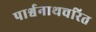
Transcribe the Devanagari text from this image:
पार्श्वनाथचरित